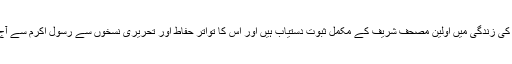
کہ رسول اکرم کی زندگی میں‌ اولین مصحف شریف کے مکمل ثبوت دستیاب ہیں اور اس کا تواتر حفاط اور تحریری نسخوں سے رسول اکرم سے آج تک ثابت ہے۔